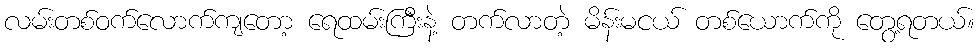
လမ်းတစ်ဝက်လောက်ကျတော့ ရေထမ်းကြီးနဲ့ တက်လာတဲ့ မိန်းမငယ် တစ်ယောက်ကို တွေ့ရတယ်။